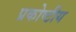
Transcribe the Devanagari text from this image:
प्रकोष्टीय